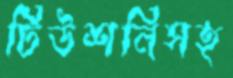
টিউশনিসহ